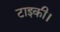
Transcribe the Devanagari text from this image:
टाइकी।